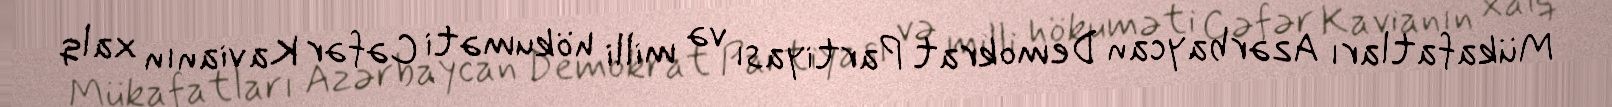
Mükafatları Azərbaycan Demokrat Partiyası və milli hökuməti Cəfər Kavianın xalq